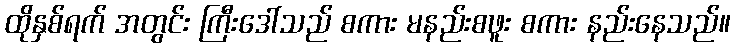
ထိုနှစ်ရက် အတွင်း ကြီးဒေါ်သည် စကား မနည်းစဖူး စကား နည်းနေသည်။